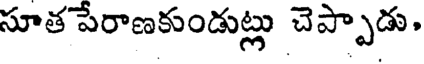
సూత పేరాణకుండుట్లు చెప్పాడు.